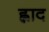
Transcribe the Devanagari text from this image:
ह्लाद